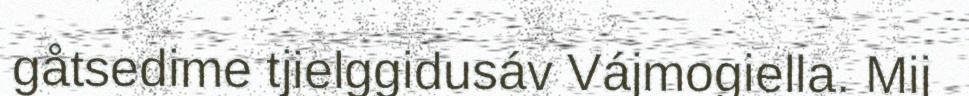
gåtsedime tjielggidusáv Vájmogiella. Mij